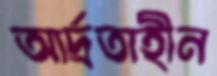
আর্দ্রতাহীন